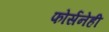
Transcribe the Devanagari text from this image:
फोर्सनेही